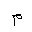
Letter: _mim